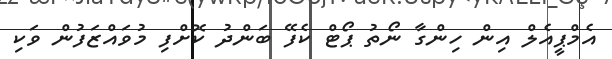
އެމްޕީއެލް އިން ހިންގާ ނޯތު ޕޯޓް ކެފޭ ބަންދު ކޮށްފި މުވައްޒަފުން ވަކި